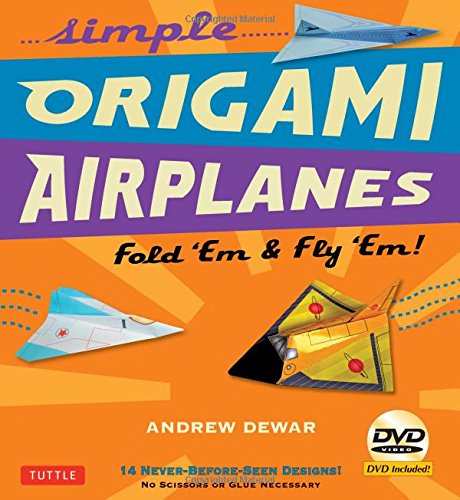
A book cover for Simple Origami Airplanes Kit: Fold 'Em & Fly 'Em! [Origami Kit with Book, DVD, 64 Papers, 14 Projects]; Andrew Dewar; Sports & Outdoors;